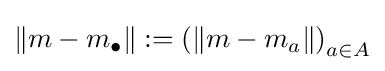
\left\|m-m_{\bullet }\right\|:=\left(\left\|m-m_{a}\right\|\right)_{a\in A}